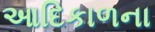
આદિકાળના